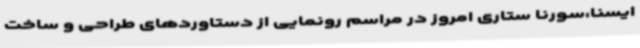
ایسنا،سورنا ستاری امروز در مراسم رونمایی از دستاوردهای طراحی و ساخت